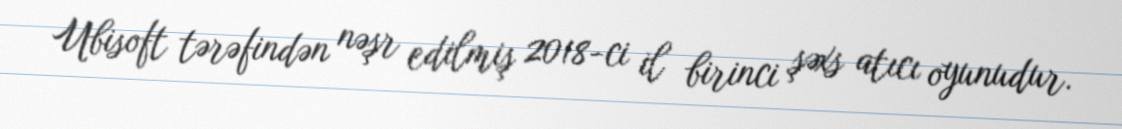
Ubisoft tərəfindən nəşr edilmiş 2018-ci il birinci şəxs atıcı oyunudur.